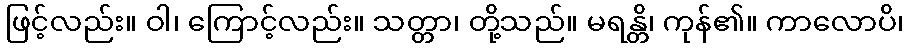
ဖြင့်လည်း။ ဝါ၊ ကြောင့်လည်း။ သတ္တာ၊ တို့သည်။ မရန္တိ၊ ကုန်၏။ ကာလောပိ၊